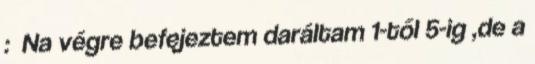
: Na végre befejeztem daráltam 1-től 5-ig ,de a